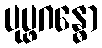
ပုပ္ဖဂန္ဓော